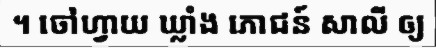
។ ចៅហ្វាយ ឃ្លាំង ភោជន៍ សាលី ឲ្យ